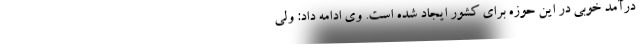
درآمد خوبی در این حوزه برای کشور ایجاد شده است. وی ادامه داد: ولی